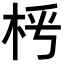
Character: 𣐰